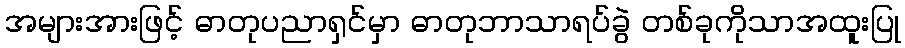
အများအားဖြင့် ဓာတုပညာရှင်မှာ ဓာတုဘာသာရပ်ခွဲ တစ်ခုကိုသာအထူးပြု